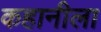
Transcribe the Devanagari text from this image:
कहानीला